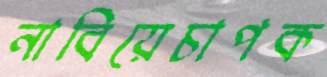
নাবিয়েচাপক